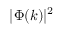
| \Phi ( k ) | ^ { 2 }